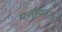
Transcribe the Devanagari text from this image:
परतवता